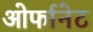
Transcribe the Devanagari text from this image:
ओर्फानेट